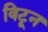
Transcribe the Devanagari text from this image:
विटून